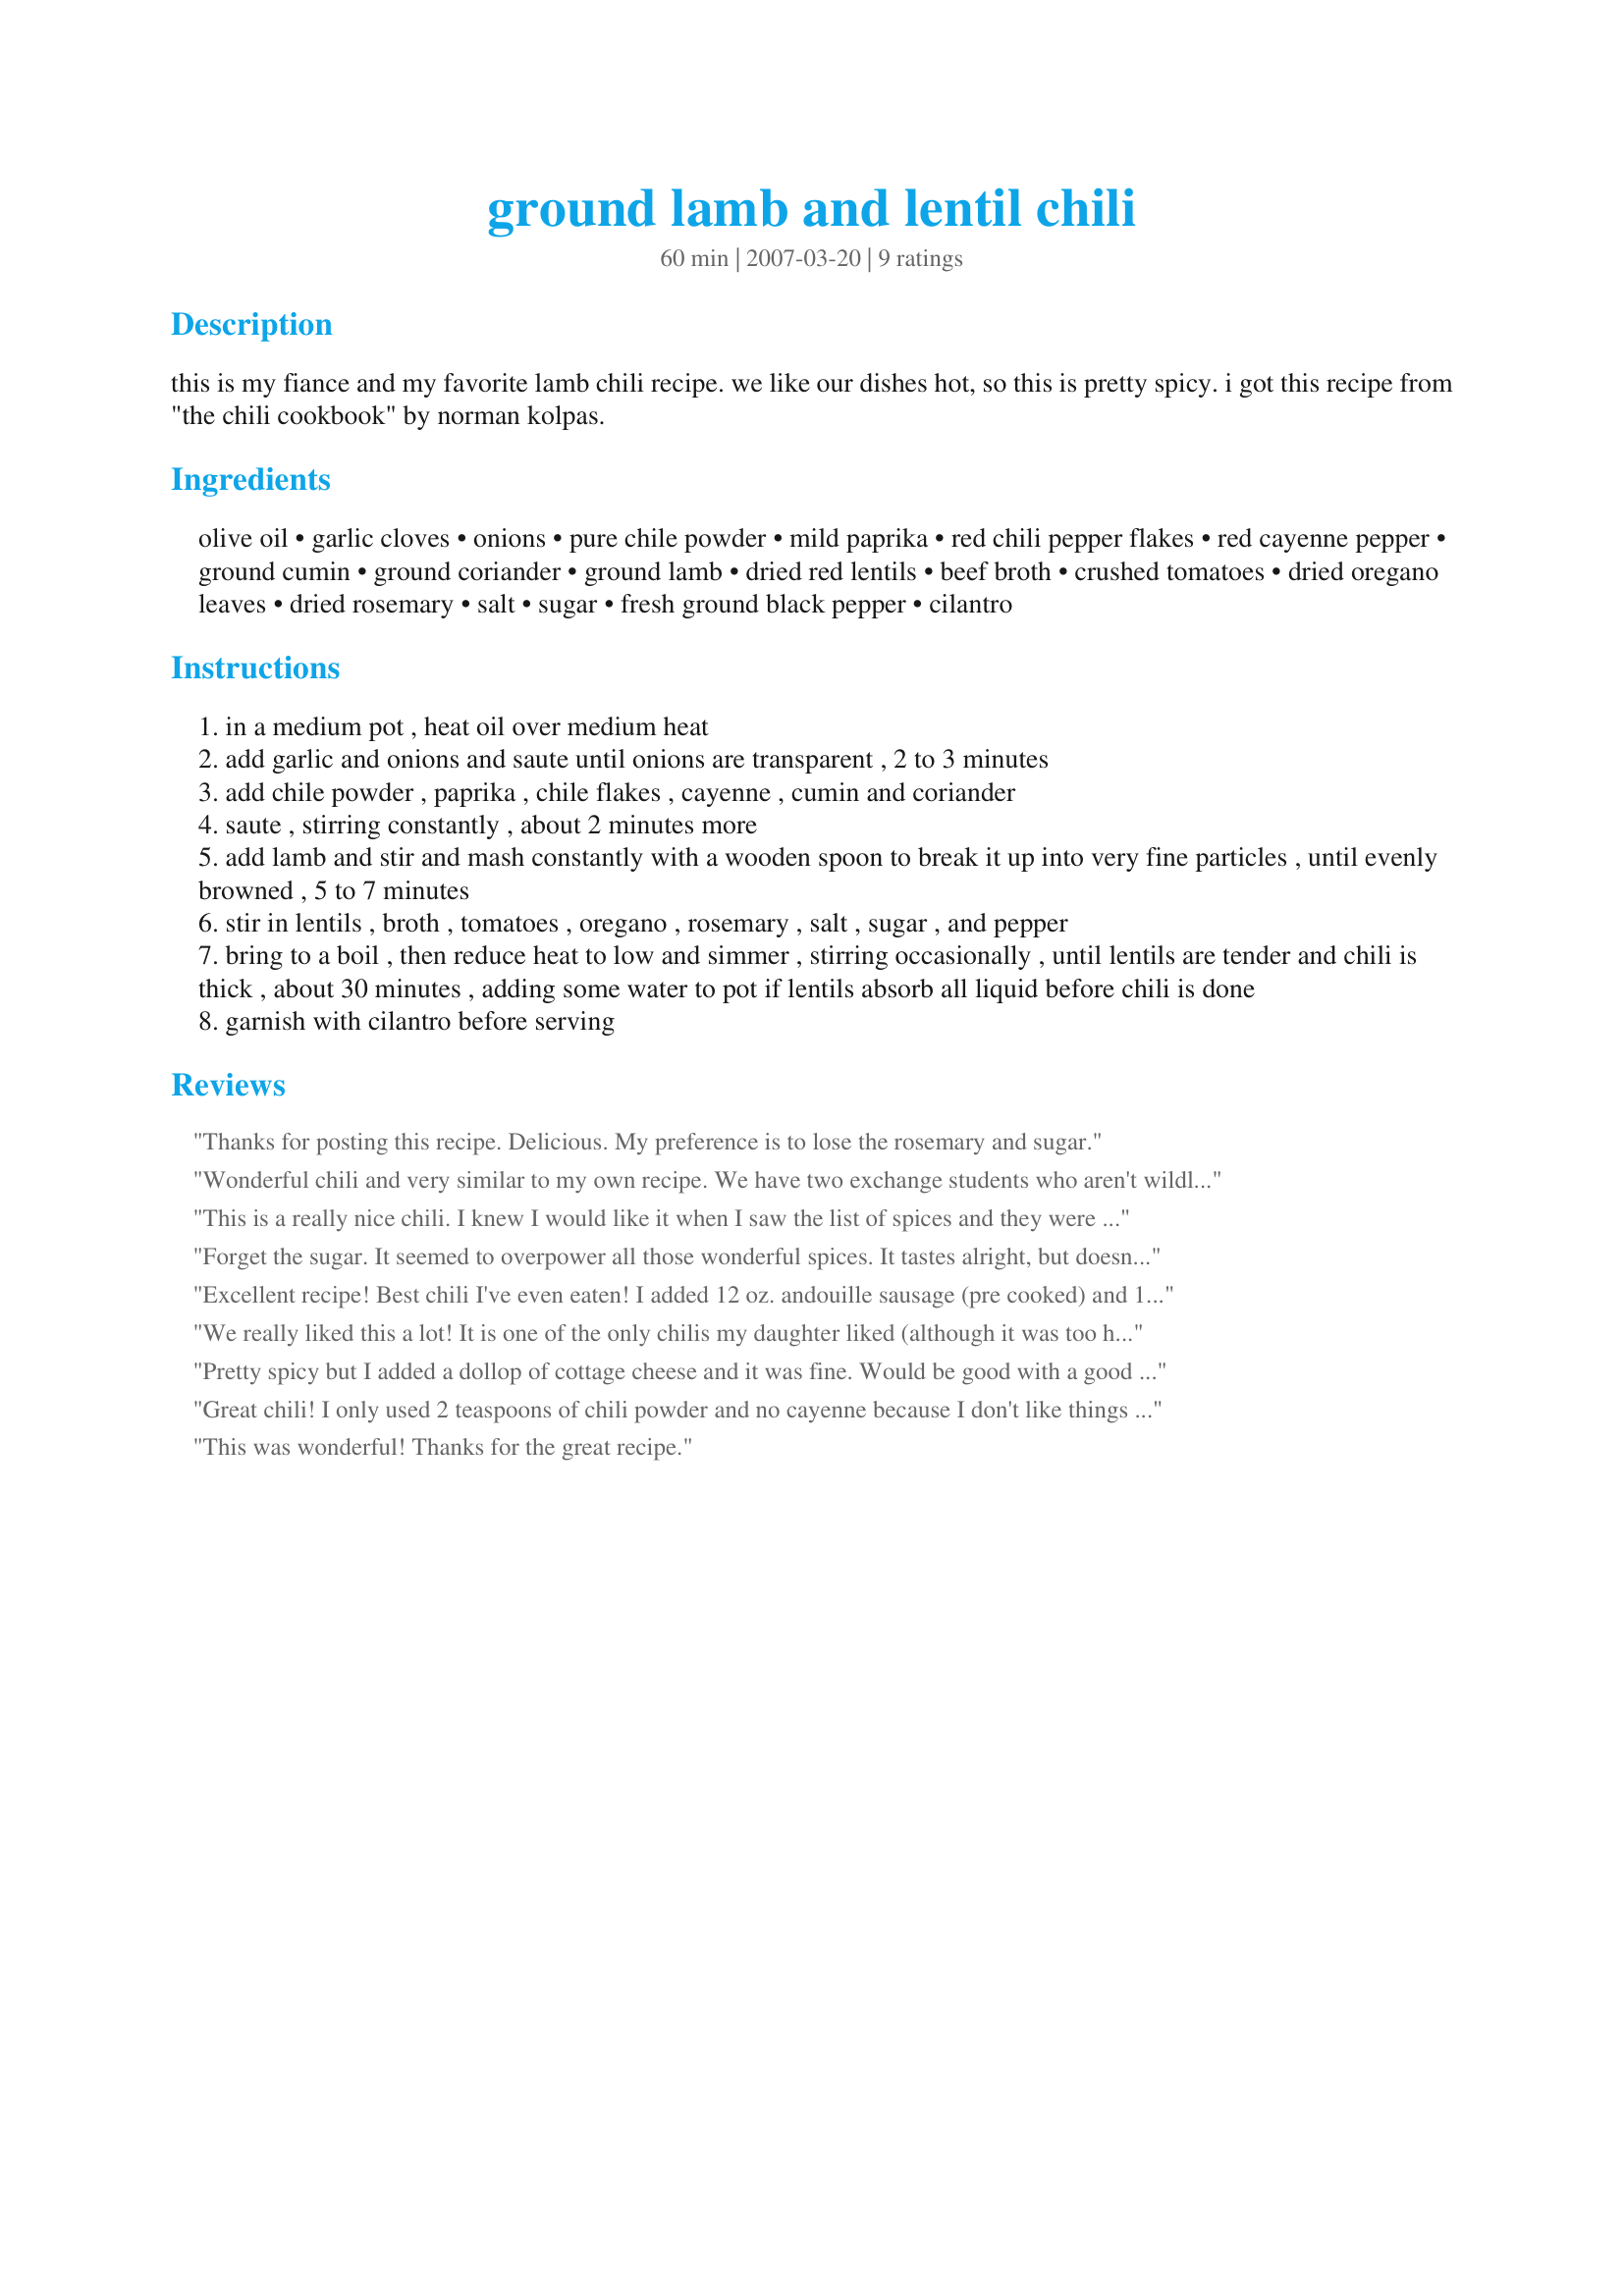
ground lamb and lentil chili
Preparation time: 60 minutes

this is my fiance and my favorite lamb chili recipe. we like our dishes hot, so this is pretty spicy. i got this recipe from "the chili cookbook" by norman kolpas.

Ingredients:
olive oil, garlic cloves, onions, pure chile powder, mild paprika, red chili pepper flakes, red cayenne pepper, ground cumin, ground coriander, ground lamb, dried red lentils, beef broth, crushed tomatoes, dried oregano leaves, dried rosemary, salt, sugar, fresh ground black pepper, cilantro

Steps:
in a medium pot , heat oil over medium heat
add garlic and onions and saute until onions are transparent , 2 to 3 minutes
add chile powder , paprika , chile flakes , cayenne , cumin and coriander
saute , stirring constantly , about 2 minutes more
add lamb and stir and mash constantly with a wooden spoon to break it up into very fine particles , until evenly browned , 5 to 7 minutes
stir in lentils , broth , tomatoes , oregano , rosemary , salt , sugar , and pepper
bring to a boil , then reduce heat to low and simmer , stirring occasionally , until lentils are tender and chili is thick , about 30 minutes , adding some water to pot if lentils absorb all liquid before chili is done
garnish with cilantro before serving

Reviews:
Thanks for posting this recipe. Delicious. My preference is to lose the rosemary and sugar.
Wonderful chili and very similar to my own recipe. We have two exchange students who aren't wildly keen on heat, so I cut the chili powder, chili flakes and cayenne in half, and that was about right. Also stirred in sour cream when serving for a perfect balance for them. My lentils were done within 25 minutes. I started with only a teaspoon of salt, but added a second one as it cooked. Thanks for posting.
This is a really nice chili. I knew I would like it when I saw the list of spices and they were just right. Lots of flavor and spicy, but not too hot - but then, we like the heat! I put everything in the crock pot and let it cook all day, so I added extra tomatoes and a splash of red wine. Wonderful! Thanks for posting.
Forget the sugar. It seemed to overpower all those wonderful spices. It tastes alright, but doesn't have that chili taste. I've added lots more chili powder, but it hasn't come through yet. The lentils don't cook in 30 mins., at least mine didn't.
It's easy to make, which is a plus, and without sugar it might be really good.
I'd try some dry red wine if I had some. And some fresh ground chilies would probably help.
Excellent recipe! Best chili I've even eaten! I added 12 oz. andouille sausage (pre cooked) and 1 15oz can of cannellini beans during step 4. One other thing (I'm a new 'chef')...if you could note in step 4 to stir about every 4-5 minutes during the simmer b/c the recipe cakes on the bottom :)
We really liked this a lot! It is one of the only chilis my daughter liked (although it was too hot for her). The heat was perfect for the rest of the family.
Pretty spicy but I added a dollop of cottage cheese and it was fine. Would be good with a good Orgon micro-stout
Great chili! I only used 2 teaspoons of chili powder and no cayenne because I don't like things too spicy, and it was just right. I served it over rice. Thanks for a great, fairly easy dinner!
This was wonderful! Thanks for the great recipe.
